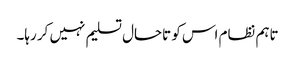
تاہم نظام اس کو تاحال تسلیم نہیں کر رہا۔